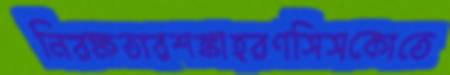
নিরক্ষতারশঙ্কাহরণসিসকোতে